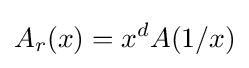
A_{r}(x)=x^{d}A(1/x)